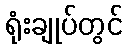
ရုံးချုပ်တွင်